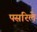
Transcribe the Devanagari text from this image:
पसरिले